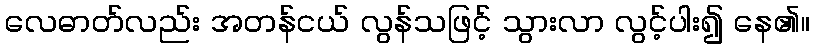
လေဓာတ်လည်း အတန်ငယ် လွန်သဖြင့် သွားလာ လွင့်ပါး၍ နေ၏။